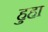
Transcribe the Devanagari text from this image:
हुहा